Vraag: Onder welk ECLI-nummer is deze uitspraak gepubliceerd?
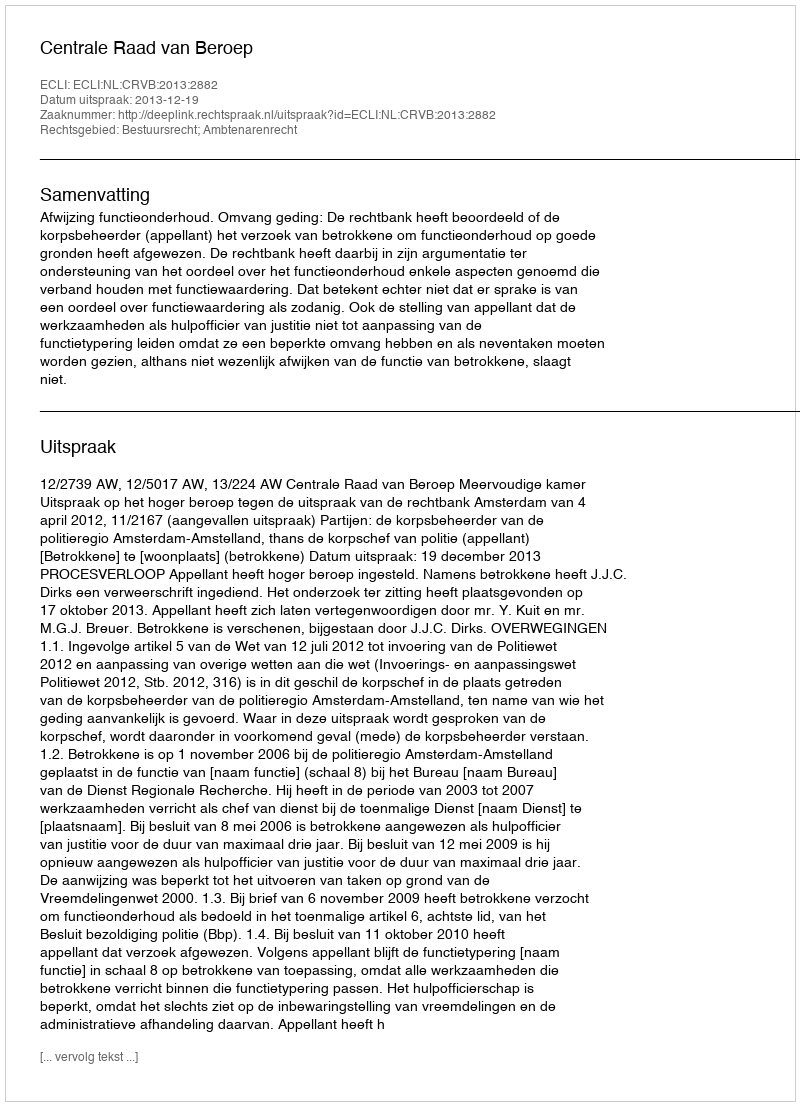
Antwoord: ECLI:NL:CRVB:2013:2882